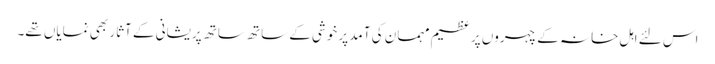
اس لئے اہل خانہ کے چہروں پر عظیم مہمان کی آمد پر خوشی کے ساتھ ساتھ پریشانی کے آثار بھی نمایاں تھے۔